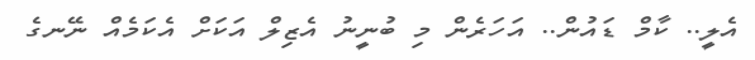
އެލީ.. ކާމް ޑައުން.. އަހަރެން މި ބުނީނު އެޒިލް އަކަށް އެކަމެއް ނޭނގެ